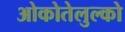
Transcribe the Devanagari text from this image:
ओकोतेलुल्को